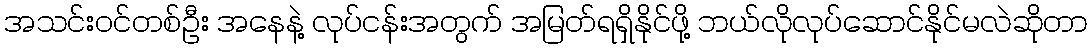
အသင်း၀င်တစ်ဦး အနေနဲ့ လုပ်ငန်းအတွက် အမြတ်ရရှိနိုင်ဖို့ ဘယ်လိုလုပ်ဆောင်နိုင်မလဲဆိုတာ